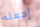
إجعله